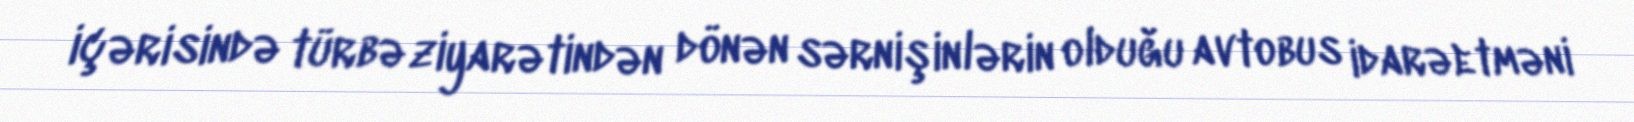
içərisində türbə ziyarətindən dönən sərnişinlərin olduğu avtobus idarəetməni